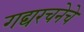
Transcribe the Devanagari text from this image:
गद्यरचनेचे